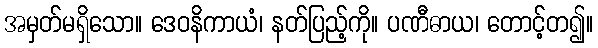
အမှတ်မရှိသော။ ဒေဝနိကာယံ၊ နတ်ပြည့်ကို။ ပဏီဓာယ၊ တောင့်တ၍။